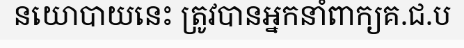
នយោបាយនេះ ត្រូវបានអ្នកនាំពាក្យគ.ជ.ប